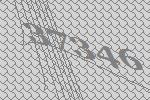
37346